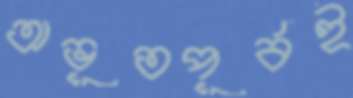
অভূতপূর্বই